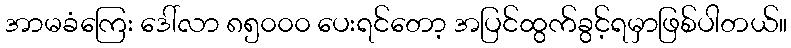
အာမခံကြေး ဒေါ်လာ ၈၅၀၀၀ ပေးရင်တော့ အပြင်ထွက်ခွင့်ရမှာဖြစ်ပါတယ်။